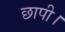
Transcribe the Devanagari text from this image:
छापी।